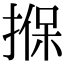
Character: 㨐